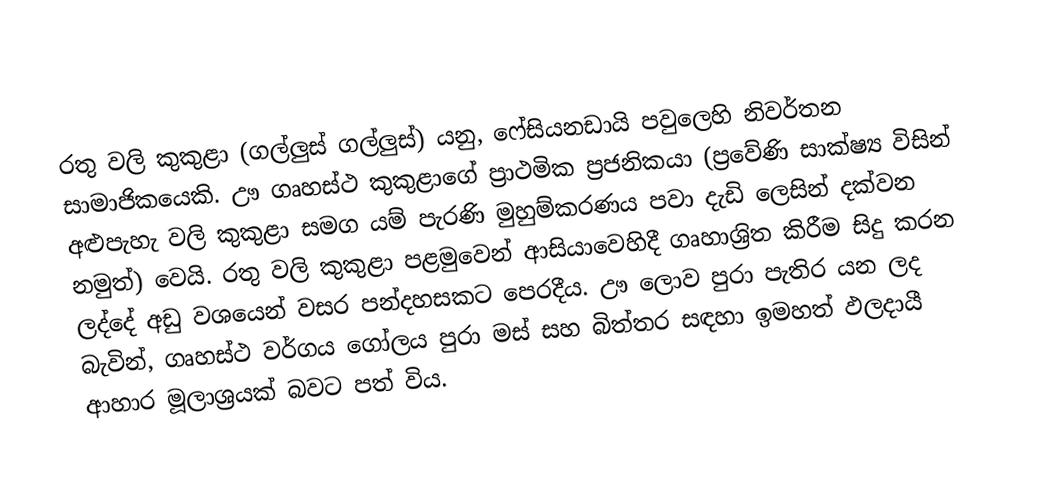
රතු වලි කුකුළා (ගල්ලුස් ගල්ලුස්) යනු, ෆේසියනඩායි පවුලෙහි නිවර්තන සාමාජිකයෙකි. ඌ ගෘහස්ථ කුකුළාගේ ප්‍රාථමික ප්‍රජනිකයා (ප්‍රවේණි සාක්ෂ්‍ය විසින්  අළුපැහැ වලි කුකුළා සමග යම් පැරණි මුහුම්කරණය පවා දැඩි ලෙසින් දක්වන නමුත්) වෙයි.  රතු වලි කුකුළා පළමුවෙන්  ආසියාවෙහිදී ගෘහාශ‍්‍රිත කිරීම සිදු කරන ලද්දේ අඩු වශයෙන් වසර පන්දහසකට පෙරදීය. ඌ ලොව පුරා පැතිර යන ලද බැවින්, ගෘහස්ථ වර්ගය ගෝලය පුරා මස් සහ බිත්තර සඳහා ඉමහත් ඵලදායී ආහාර මූලාශ්‍රයක් බවට පත් විය.